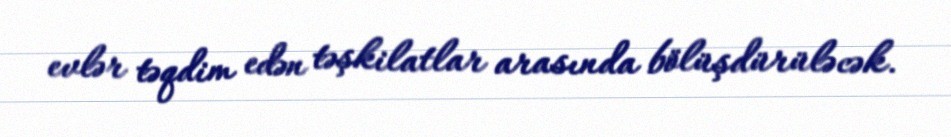
evlər təqdim edən təşkilatlar arasında bölüşdürüləcək.